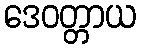
ဒေဝတ္တာယ